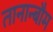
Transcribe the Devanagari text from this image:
तानान्बौम